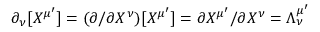
\partial _ { \nu } [ X ^ { \mu ^ { \prime } } ] = ( \partial / \partial X ^ { \nu } ) [ X ^ { \mu ^ { \prime } } ] = \partial X ^ { \mu ^ { \prime } } / \partial X ^ { \nu } = \Lambda _ { \nu } ^ { \mu ^ { \prime } }